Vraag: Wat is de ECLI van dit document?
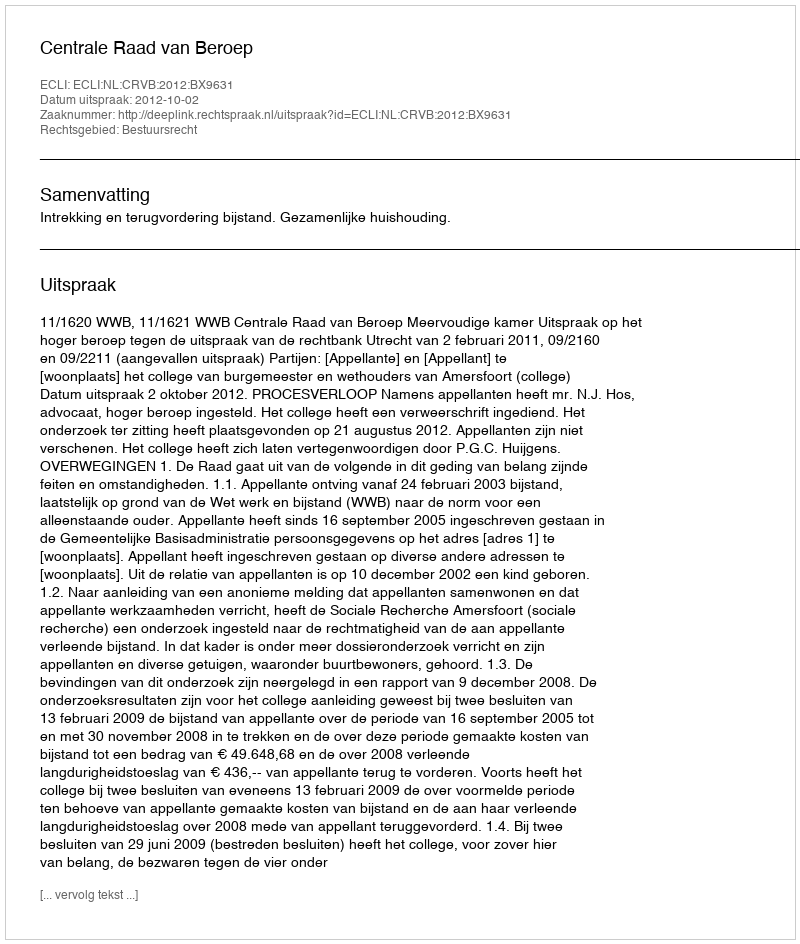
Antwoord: ECLI:NL:CRVB:2012:BX9631